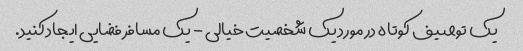
یک توصیف کوتاه در مورد یک شخصیت خیالی - یک مسافر فضایی ایجاد کنید.